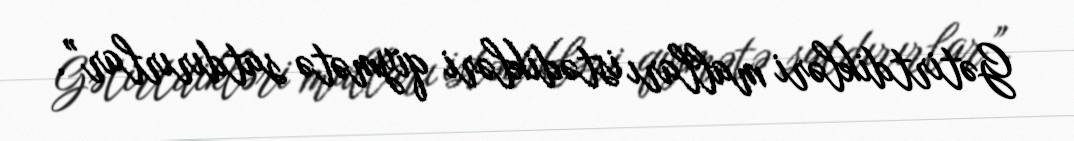
Gətirtdikləri malları istədikləri qiymətə satdırırlar”.